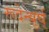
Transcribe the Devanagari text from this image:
रूदेन्बुर्घ्